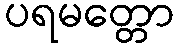
ပရမတ္တော